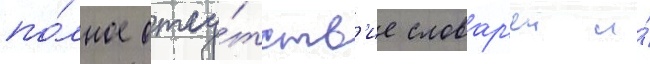
по́лное отсу́тств'ие словар'еи и́